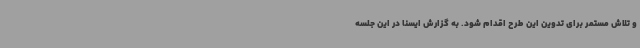
و تلاش مستمر برای تدوین این طرح اقدام شود. به گزارش ایسنا در این جلسه